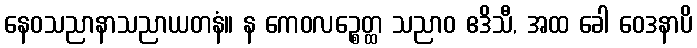
နေဝသညာနာသညာယတနံ။ န ကေဝလဉ္စေတ္ထ သညာဝ ဧဒိသီ, အထ ခေါ ဝေဒနာပိ